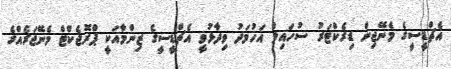
އެޗްޑީސީގެ މެނޭޖިން ޑިރެކްޓަރު ސުހައިލް އަހުމަދު ވިދާޅުވީ އެޗްޑީސީގެ ޒިންމާއަކީ ޕްރޮޖެކްޓް މެނޭޖަރެއްގެ